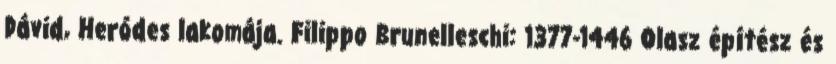
Dávid, Heródes lakomája. Filippo Brunelleschi: 1377-1446 Olasz építész és